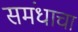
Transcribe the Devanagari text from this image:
समंधाचा